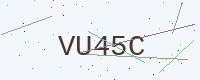
Text: VU45C